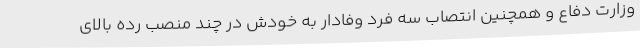
وزارت دفاع و همچنین انتصاب سه فرد وفادار به خودش در چند منصب رده بالای